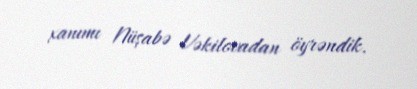
xanımı Nüşabə Vəkilovadan öyrəndik.